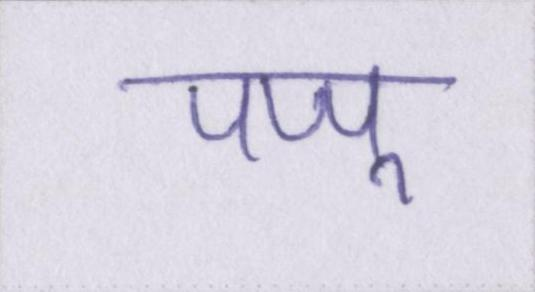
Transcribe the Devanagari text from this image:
पप्पू